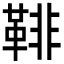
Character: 𩋂